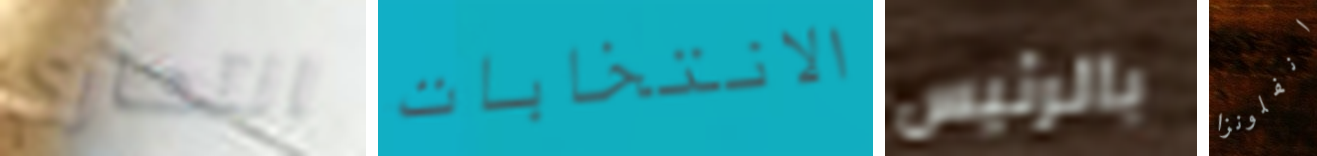
انتحاري الانتخابات بالرئيس انفلونزا